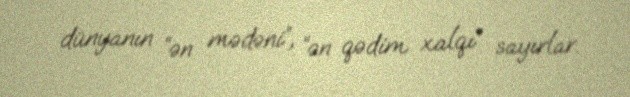
dünyanın “ən mədəni”, “ən qədim xalqı” sayırlar.